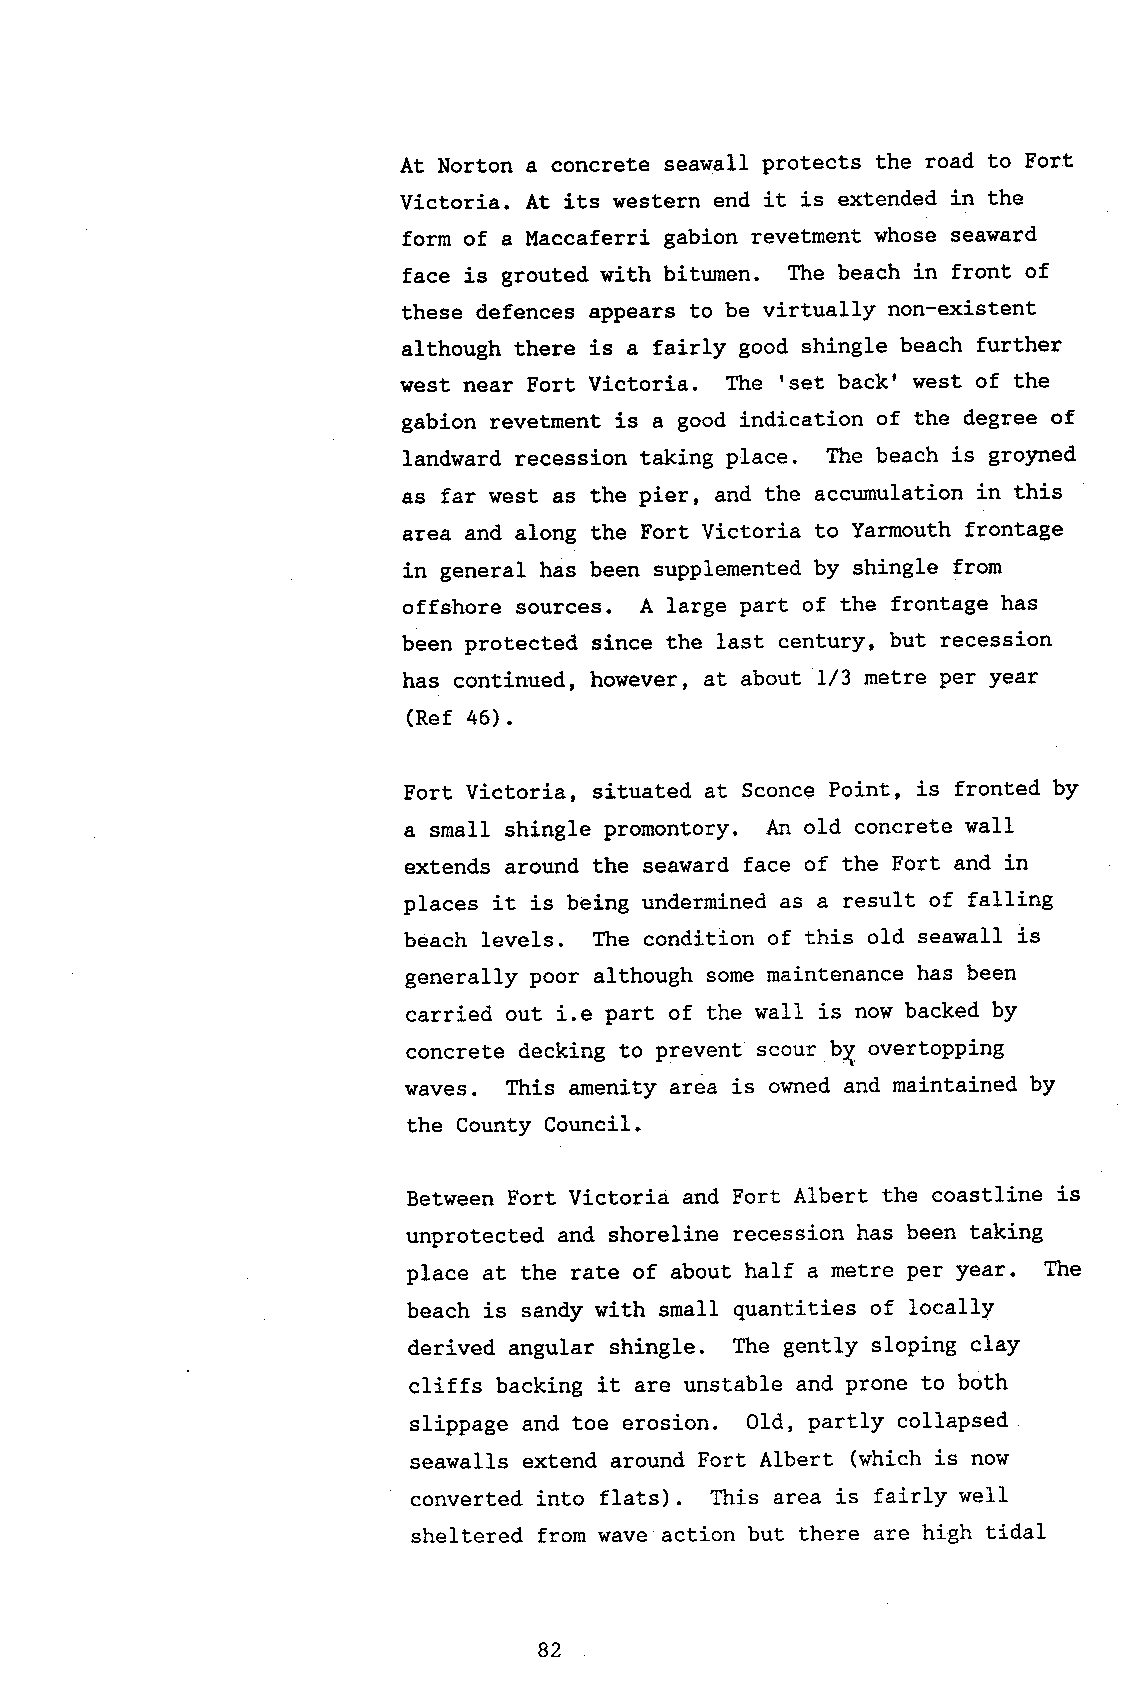
At Norton a concrete seawall protects the road to Fort
 Victoria. At its western end it is extended in the
 form of a Maccaferri gabion revetment whose seaward
 face is grouted with bitumen. The beach in front of
 these defences appears to be virtually non-existent
 although there is a fairly good shingle beach further
 west near Fort Victoria. The 'set backr west of the
 gabion revetment is a good indication of the degree of
 landward recession taking place. The beach is groyned
 as far west as the pier, and the accumulation in this
 area and along the Fort Victoria to Yarmouth frontage
 in general has been supplemented by shingle from
 offshore sources. A large part of the frontage has
 been protected since the last century, but recession
 has continued, however, at about L/3 metre per year
 (Ref 46).
 Fort Victoria, situated at Sconce Point, is fronted by
 a snall shingle Promontory. An old concrete walI
 extends around the seaward face of the Fort and in
 places it is being undermined as a result of falling
 beach levels. The condition of this old seawall is
 generally poor although some maintenanee has been
 carried out i.e part of the vaII is now backed by
 concrete decking to prevent scour bX overtopping
 waves. This amenity area is owned and maintained by
 the County Council.
 Between Fort Victoria and Fort Albert the coastline is
 unprotected and shoreline recession has been taking
 place at the rate of about half a metre per year. The
 beach is sandy with small quantities of locally
 derived angular shingle. The gently sloping clay
 cliffs backing it are unstable and prone to both
 slippage and toe erosion. OId, partly collapsed
 seawalls extend around Fort A1bert (which is now
 converted into flats). This area is fairly well
 sheltered from wave action but there are high tidal
 82